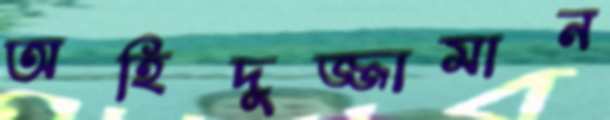
অহিদুজ্জামান